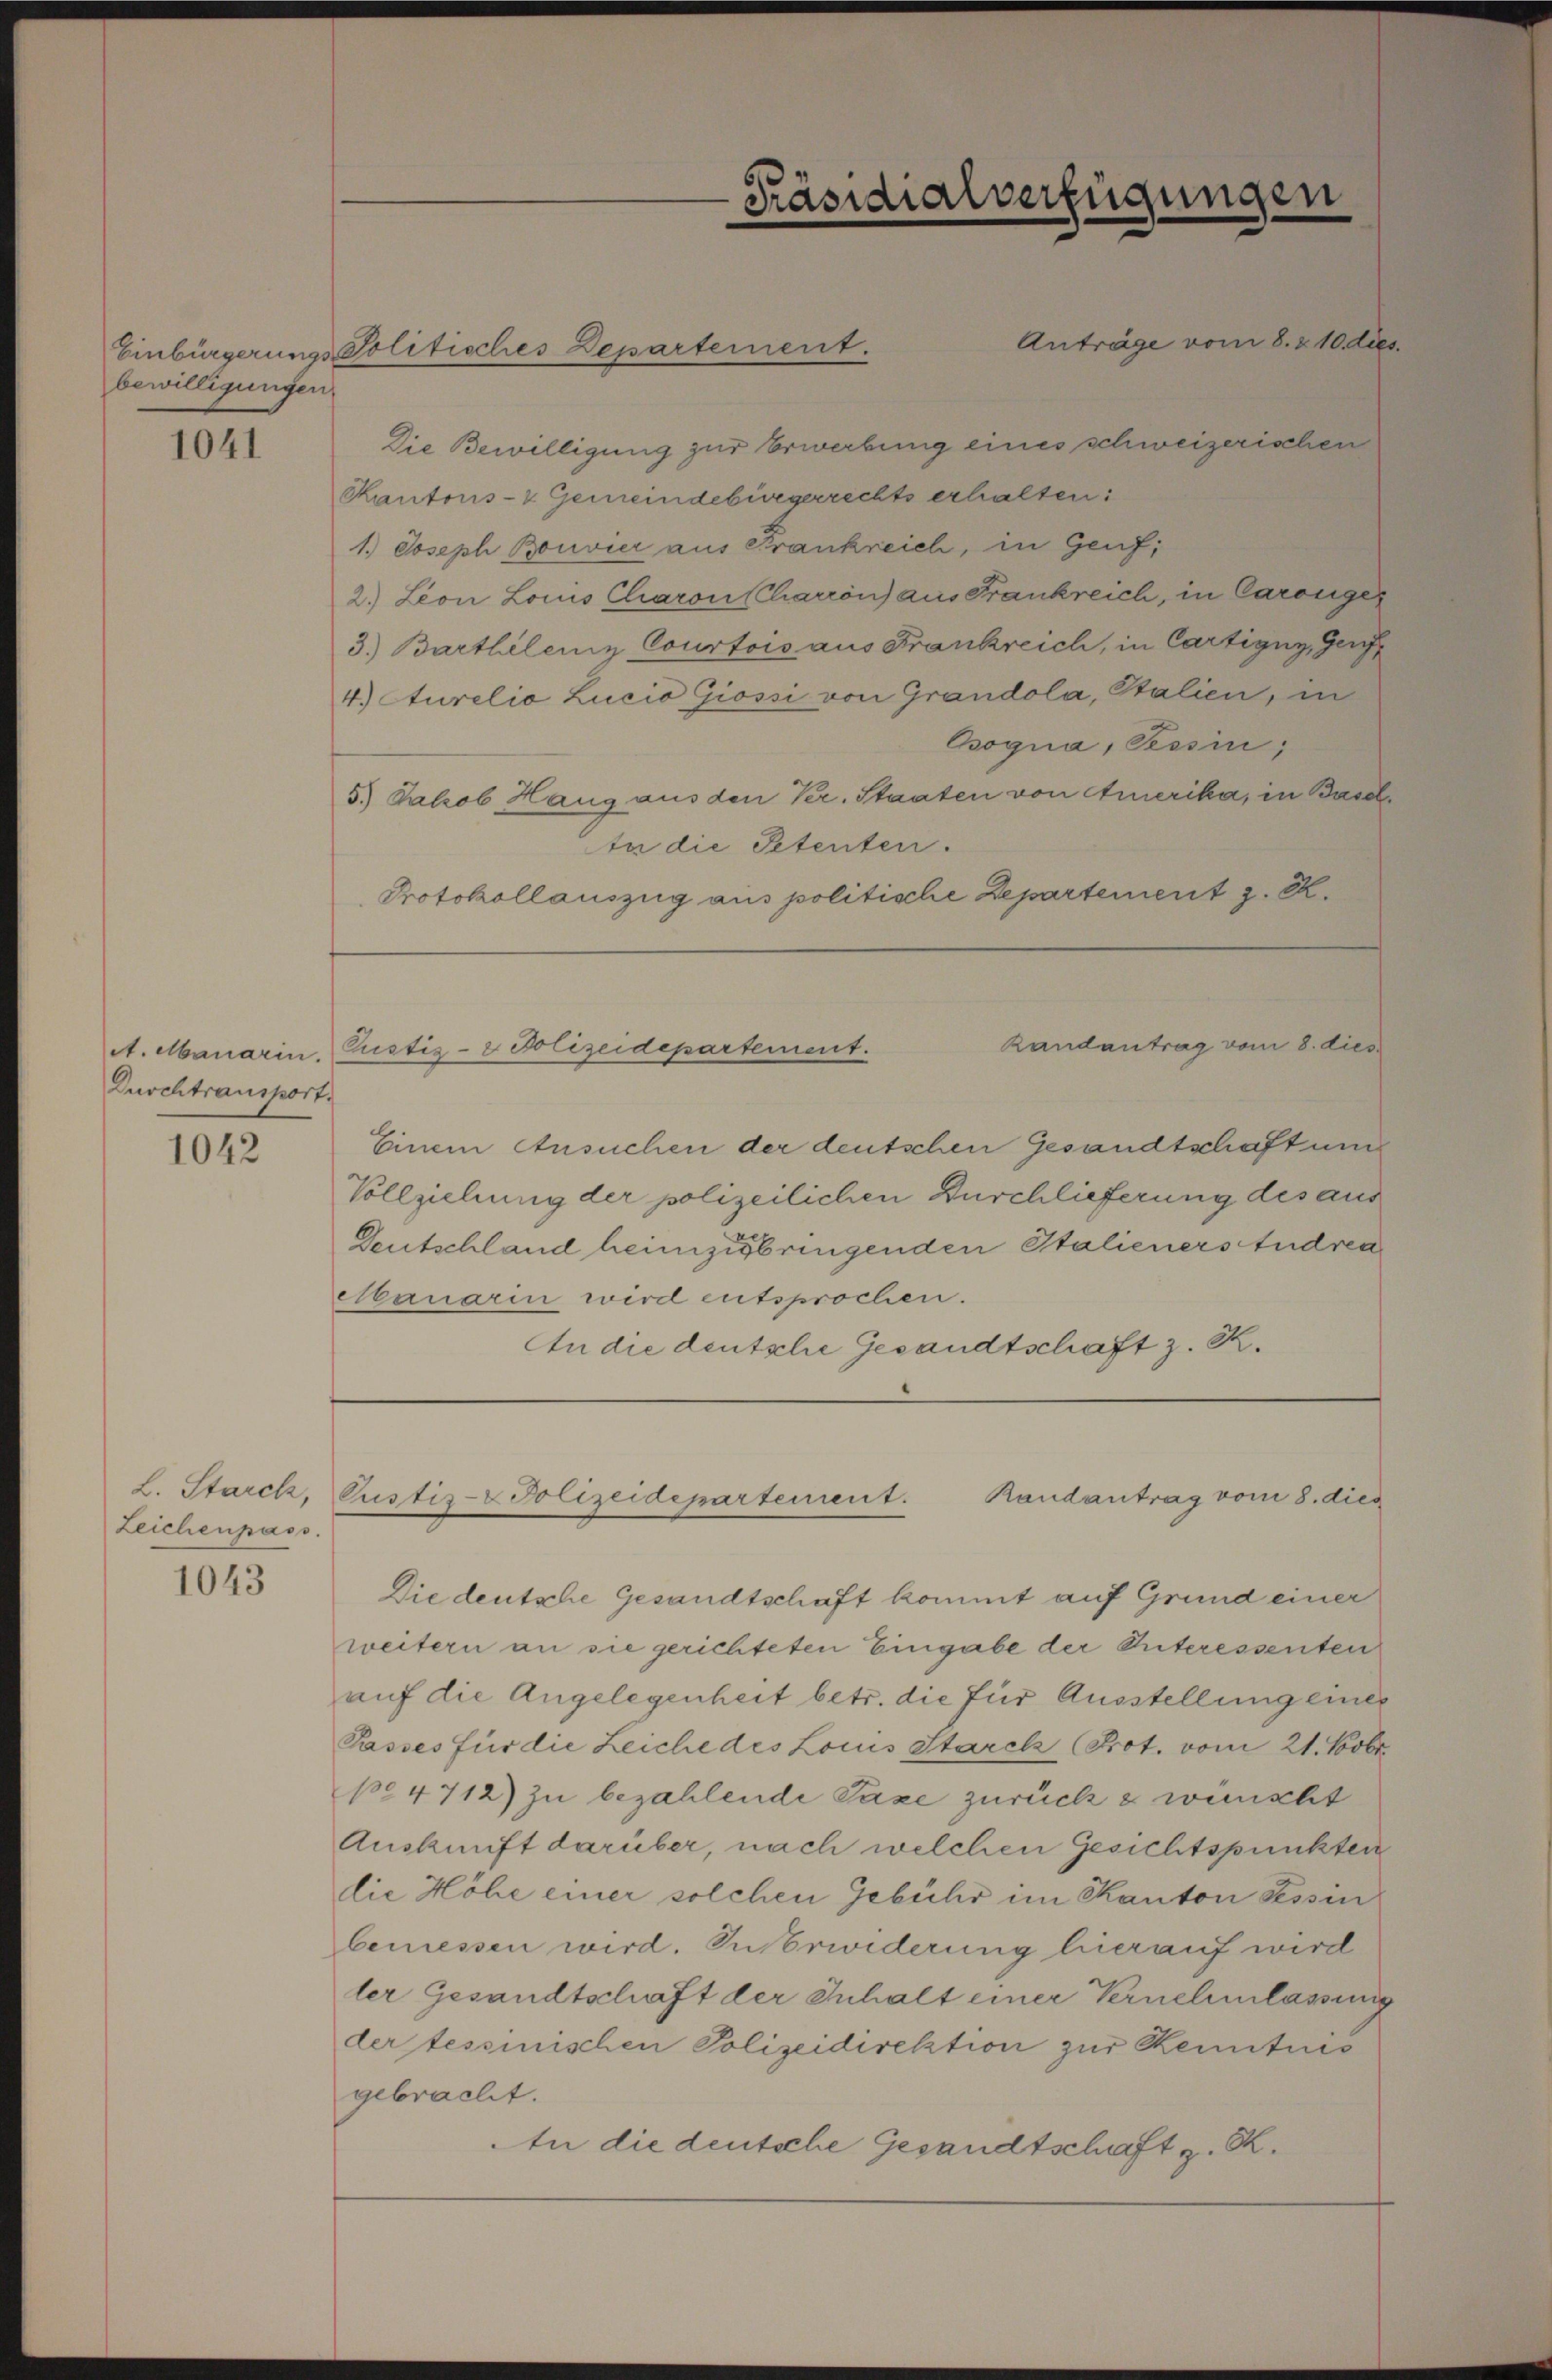
bewilligungen

1041

A. Manarin.
Durchtransport.

1042

Zeichenpass
1043

Anträge vom 8. 210. dies
Die Bewilligung zur Erwerbung eines schweizerischen
Kantons- & Gemeindebürgerrechts erhalten:
1.) Joseph Bonvier aus Frankreich, in Genf,
2.) Lion Louis Charon Charron) aus Frankreich, in Carosges
3.) Barthelenz Courtois aus Frankreich, in Cartigny, Geri
4.) Aurelia Lucia Giossi von Grandola, Stalien, in
Osogna, Tessin,
5.) Jakob Haug aus den Kr. Staaten von Amerika, in Baselta die Petenten.
Protokollauszug aus politische Departement z. K.
Randantrag vom 8. dies
Pustiz- & Polizeidepartement.
Einem Ansuchen der deutschen Gesandtschaft um
Vollziehung der polizeilichen Durchlieferung des aus
Deutschland heimzubringenden Italieners Andrea
ebanarin wird entsprochen.
An die deutsche Gesandtschaft z. K.

Einbürgerungs Politisches Departement.

Präsidialverfügungen

L. Starck, Pustiz- & Polizeidepartement.
Randantrag vom 8. dies

Die deutsche Gesandtschaft kommt auf Grund einer
weitern an sie gerichteten Eingabe der Interessenten
auf die Angelegenheit betr. die für Ausstellung einer
Passes für die Zeiche des Louis Starck Prot. vom 21. Nobr.
pe 4712) zu bezahlende Paze zurücks wünscht
Auskunft darüber, nach welchen Gesichtspunkten
die Höhe einer solchen Gebühr im Kanton Tessin
bemessen wird. In Erwiderung hierauf wird
ler Gesandtschaft der Inhalt einer Vernehmlassung
der tessinischen Polizeidirektion zur Kenntnis
gebracht.
tn die deutsche Gesandtschaft z. R.